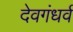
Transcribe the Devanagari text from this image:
देवगंधर्व